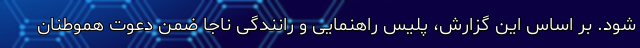
شود. بر اساس این گزارش، پلیس راهنمایی و رانندگی ناجا ضمن دعوت هموطنان